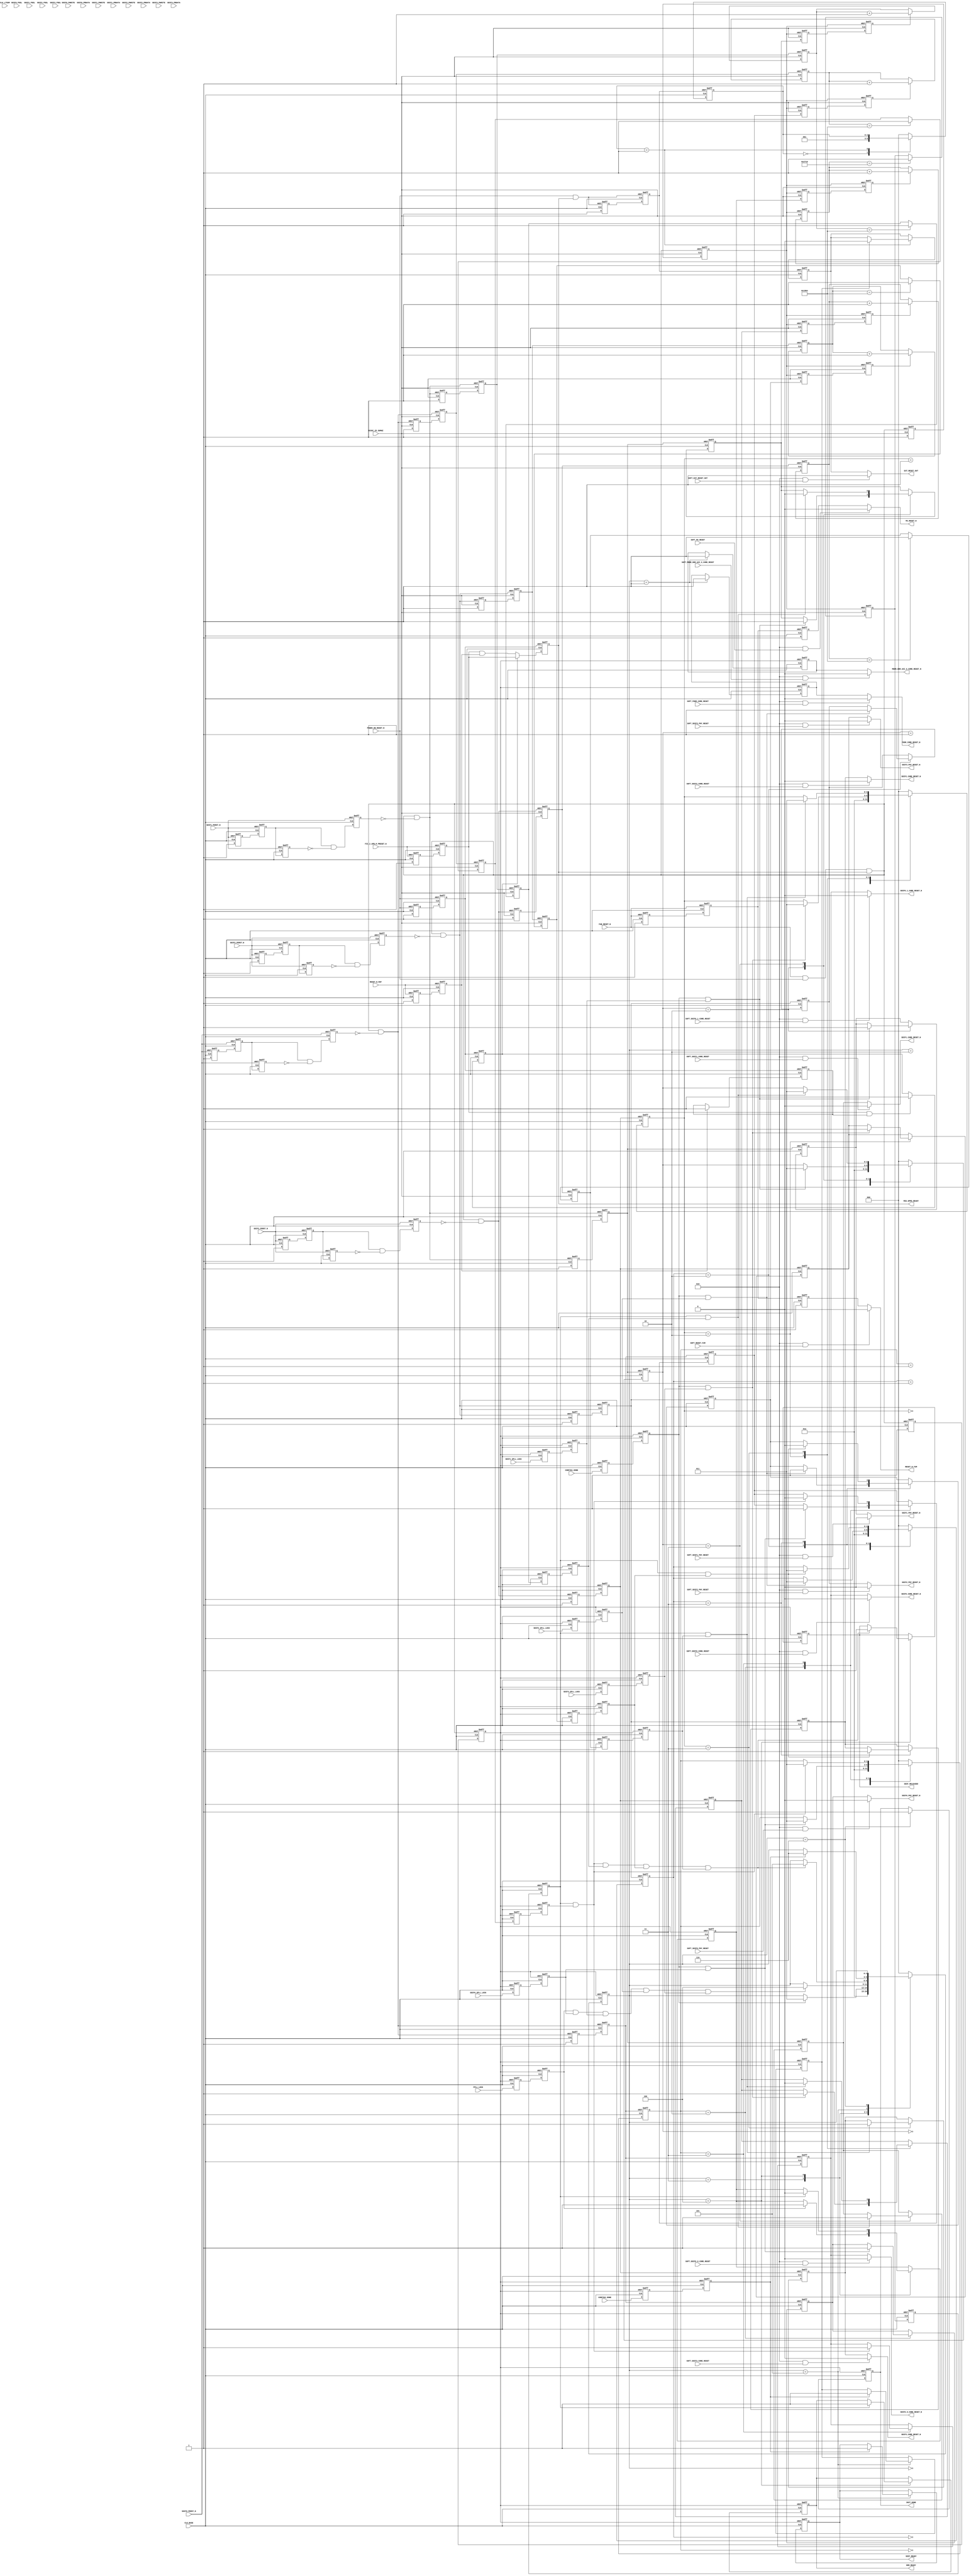
// ***********************************************************************/
// Microsemi Corporation Proprietary and Confidential
// Copyright 2012 Microsemi Corporation.  All rights reserved.
//
// ANY USE OR REDISTRIBUTION IN PART OR IN WHOLE MUST BE HANDLED IN
// ACCORDANCE WITH THE ACTEL LICENSE AGREEMENT AND MUST BE APPROVED
// IN ADVANCE IN WRITING.
//
// Description:	CoreResetP
//				Soft IP reset controller.
//              Sequences various reset signals to peripheral blocks in a
//              SmartFusion2 or IGLOO2 device.
//
//
// SVN Revision Information:
// SVN $Revision: 22245 $
// SVN $Date: 2014-03-28 16:55:59 +0000 (Fri, 28 Mar 2014) $
//
// Notes:
//
// ***********************************************************************/

module CoreResetP (
    // Clock from RC oscillator
    input           RCOSC_25_50MHZ,
    // Clock from fabric CCC
    input           CLK_BASE,
    // Clock for sampling LTSSM data
    input           CLK_LTSSM,
    // Power on reset signal from g4m_control
    input           POWER_ON_RESET_N,
    // Reset output intended for connection to external logic.
    output  reg     EXT_RESET_OUT,
    // Signals to/from MSS/HPMS
    output  reg     RESET_N_F2M,
    output  reg     M3_RESET_N,
    input           RESET_N_M2F,
    input           FIC_2_APB_M_PRESET_N,
    output  reg     MDDR_DDR_AXI_S_CORE_RESET_N,
    // MSS_HPMS_READY is essentially controlled by either RESET_N_M2F (at
    // power on) or FIC_2_APB_M_PRESET_N (after power on, during warm
    // resets).
    output  wire    MSS_HPMS_READY,
    // Signal indicating readiness of DDR controllers
    output  wire    DDR_READY,
    // Signal indicating readiness of SERDES interfaces
    output  wire    SDIF_READY,
    // Signals to/from CoreConfigP
    input           CONFIG1_DONE,
    output  wire    SDIF_RELEASED,
    input           CONFIG2_DONE,
    output  wire    INIT_DONE,
    // Reset input from fabric.
    input           FAB_RESET_N,
    // FDDR signals
    input           FPLL_LOCK,
    output  reg     FDDR_CORE_RESET_N,
    // SERDESIF_0 signals
    input           SDIF0_SPLL_LOCK,
    output  reg     SDIF0_PHY_RESET_N,
    output  reg     SDIF0_CORE_RESET_N,
    // The following two signals are used when targeting an 090/7500 device
    // which has two PCIe controllers within a single SERDES interface
    // block.
    output  reg     SDIF0_0_CORE_RESET_N,
    output  reg     SDIF0_1_CORE_RESET_N,
    // SERDESIF_1 signals
    input           SDIF1_SPLL_LOCK,
    output  reg     SDIF1_PHY_RESET_N,
    output  reg     SDIF1_CORE_RESET_N,
    // SERDESIF_2 signals
    input           SDIF2_SPLL_LOCK,
    output  reg     SDIF2_PHY_RESET_N,
    output  reg     SDIF2_CORE_RESET_N,
    // SERDESIF_3 signals
    input           SDIF3_SPLL_LOCK,
    output  reg     SDIF3_PHY_RESET_N,
    output  reg     SDIF3_CORE_RESET_N,
    // PERST_N (PCIe reset) signals
    input           SDIF0_PERST_N,
    input           SDIF1_PERST_N,
    input           SDIF2_PERST_N,
    input           SDIF3_PERST_N,
    // Some SDIF APB interface signals are brought into this core to
    // provide access to status information that is present on the PRDATA
    // bus when an APB read is not in progress.
    // This status information is used in this core to implement a HotReset
    // workaround when an SDIF block has been configured for PCIe.
    // (Parameters are used to include/exclude the HotReset workaround.)
    input           SDIF0_PSEL,
    input           SDIF0_PWRITE,
    input   [31:0]  SDIF0_PRDATA,
    input           SDIF1_PSEL,
    input           SDIF1_PWRITE,
    input   [31:0]  SDIF1_PRDATA,
    input           SDIF2_PSEL,
    input           SDIF2_PWRITE,
    input   [31:0]  SDIF2_PRDATA,
    input           SDIF3_PSEL,
    input           SDIF3_PWRITE,
    input   [31:0]  SDIF3_PRDATA,
    // The following inputs can be used to control the reset outputs to the
    // peripheral blocks. The intention is that these may be used by
    // software to allow software control of individual resets outputs.
    // When a SOFT_xxx input is high, the corresponding reset output is
    // asserted. Most (all?) reset outputs are active low.
    input           SOFT_EXT_RESET_OUT,
    input           SOFT_RESET_F2M,
    input           SOFT_M3_RESET,
    input           SOFT_MDDR_DDR_AXI_S_CORE_RESET,
    input           SOFT_FDDR_CORE_RESET,
    input           SOFT_SDIF0_PHY_RESET,
    input           SOFT_SDIF0_CORE_RESET,
    input           SOFT_SDIF1_PHY_RESET,
    input           SOFT_SDIF1_CORE_RESET,
    input           SOFT_SDIF2_PHY_RESET,
    input           SOFT_SDIF2_CORE_RESET,
    input           SOFT_SDIF3_PHY_RESET,
    input           SOFT_SDIF3_CORE_RESET,
    // The following two signals are used when targeting an 090/7500 device
    // which has two PCIe controllers within a single SERDES interface
    // block.
    input           SOFT_SDIF0_0_CORE_RESET,
    input           SOFT_SDIF0_1_CORE_RESET
    );

    parameter FAMILY = 19;

    // EXT_RESET_CFG is used to determine what can cause the external reset
    // to be driven (by asserting EXT_RESET_OUT).
    //    0 = EXT_RESET_OUT is never asserted
    //    1 = EXT_RESET_OUT is asserted if power up reset
    //        (POWER_ON_RESET_N) is asserted
    //    2 = EXT_RESET_OUT is asserted if MSS_HPMS_READY is not
    //        asserted
    //    3 = EXT_RESET_OUT is asserted if power up reset
    //        (POWER_ON_RESET_N) or MSS_HPMS_READY not is asserted.
    parameter EXT_RESET_CFG = 3;

    // DEVICE_VOLTAGE is set to according to the supply voltage to the
    // device. The supply voltage determines the RC oscillator frequency.
    // This can be 25 or 50 MHz.
    //    1 = 1.0 V (RC osc freq = 25 MHz)
    //    2 = 1.2 V (RC osc freq = 50 MHz)
    parameter DEVICE_VOLTAGE = 2;

    // Use the following parameters to indicate whether or not a particular
    // peripheral block is being used (and connected to this core).
    parameter MDDR_IN_USE  = 1;
    parameter FDDR_IN_USE  = 1;
    parameter SDIF0_IN_USE = 1;
    parameter SDIF1_IN_USE = 1;
    parameter SDIF2_IN_USE = 1;
    parameter SDIF3_IN_USE = 1;

    // Following are used to indicate if a particular SDIF block is used
    // for PCIe.
    parameter SDIF0_PCIE = 0;
    parameter SDIF1_PCIE = 0;
    parameter SDIF2_PCIE = 0;
    parameter SDIF3_PCIE = 0;

    // Following are used to enable or disable PCIe HotReset/DLUP
    // workaround for SDIF blocks. The workaround involves tracking LTSSM
    // state machine within SDIF and asserting SDIFx_CORE_RESET_N signal
    // to SDIF when appropriate.
    parameter SDIF0_PCIE_HOTRESET = 1;
    parameter SDIF1_PCIE_HOTRESET = 1;
    parameter SDIF2_PCIE_HOTRESET = 1;
    parameter SDIF3_PCIE_HOTRESET = 1;

    // Following enable or disable PCIe L2/P2 workaround for SDIF blocks.
    // When enabled, SDIF PHY and CORE resets are asserted when a rising
    // edge is observed on PERST_N signal.
    parameter SDIF0_PCIE_L2P2     = 1;
    parameter SDIF1_PCIE_L2P2     = 1;
    parameter SDIF2_PCIE_L2P2     = 1;
    parameter SDIF3_PCIE_L2P2     = 1;

    // Set the following parameter to 1 to enable the SOFT_XXX inputs that
    // can be used to directly control the various reset outputs.
    parameter ENABLE_SOFT_RESETS = 0;

    // Set the DEVICE_090 parameter to 1 when an 090/7500 device is being
    // targeted, otherwise set to 0.
    // When DEVICE_090 = 1, two core reset signals are available for
    // connection to SDIF0 instead of just one. This supports the two
    // PCIe controllers within SDIF0 on an 090 device.
    parameter DEVICE_090 = 0;

    // DDR_WAIT specifies the time in microseconds that must have elapsed
    // between release of the reset to the FDDR block (FDDR_CORE_RESET_N)
    // and assertion of INIT_DONE output.
    parameter DDR_WAIT = 200;

    localparam RCOSC_MEGAHERTZ  = 25 * DEVICE_VOLTAGE;

    localparam SDIF_INTERVAL    = 130      * RCOSC_MEGAHERTZ;
    localparam DDR_INTERVAL     = DDR_WAIT * RCOSC_MEGAHERTZ;


    function integer calc_count_width;
        input x;
        integer x;
        begin
            if      (x > 2147483647) calc_count_width =  32;
            else if (x > 1073741823) calc_count_width =  31;
            else if (x >  536870911) calc_count_width =  30;
            else if (x >  268435455) calc_count_width =  29;
            else if (x >  134217727) calc_count_width =  28;
            else if (x >   67108863) calc_count_width =  27;
            else if (x >   33554431) calc_count_width =  26;
            else if (x >   16777215) calc_count_width =  25;
            else if (x >    8388607) calc_count_width =  24;
            else if (x >    4194303) calc_count_width =  23;
            else if (x >    2097151) calc_count_width =  22;
            else if (x >    1048575) calc_count_width =  21;
            else if (x >     524287) calc_count_width =  20;
            else if (x >     262143) calc_count_width =  19;
            else if (x >     131071) calc_count_width =  18;
            else if (x >      65535) calc_count_width =  17;
            else if (x >      32767) calc_count_width =  16;
            else if (x >      16383) calc_count_width =  15;
            else if (x >       8191) calc_count_width =  14;
            else if (x >       4095) calc_count_width =  13;
            else if (x >       2047) calc_count_width =  12;
            else if (x >       1023) calc_count_width =  11;
            else if (x >        511) calc_count_width =  10;
            else if (x >        255) calc_count_width =   9;
            else if (x >        127) calc_count_width =   8;
            else if (x >         63) calc_count_width =   7;
            else if (x >         31) calc_count_width =   6;
            else if (x >         15) calc_count_width =   5;
            else if (x >          7) calc_count_width =   4;
            else if (x >          3) calc_count_width =   3;
            else                     calc_count_width =   2;
        end
    endfunction


    localparam COUNT_WIDTH_SDIF = calc_count_width(SDIF_INTERVAL);
    localparam COUNT_WIDTH_DDR  = calc_count_width(DDR_INTERVAL);

    // Parameters for state machine states
    localparam S0 = 0;
    localparam S1 = 1;
    localparam S2 = 2;
    localparam S3 = 3;
    localparam S4 = 4;
    localparam S5 = 5;
    localparam S6 = 6;

    // Signals
    reg     [2:0]   sm0_state;
    //reg     [2:0]   sm1_state;
    reg     [2:0]   sm2_state;
    reg     [2:0]   sdif0_state;
    reg     [2:0]   sdif1_state;
    reg     [2:0]   sdif2_state;
    reg     [2:0]   sdif3_state;
    reg     [2:0]   next_sm0_state;
    //reg     [2:0]   next_sm1_state;
    reg     [2:0]   next_sm2_state;
    reg     [2:0]   next_sdif0_state;
    reg     [2:0]   next_sdif1_state;
    reg     [2:0]   next_sdif2_state;
    reg     [2:0]   next_sdif3_state;
    reg             next_ext_reset_out;
    reg             next_fddr_core_reset_n;
    reg             next_sdif0_phy_reset_n;
    reg             next_sdif0_core_reset_n;
    reg             next_sdif1_phy_reset_n;
    reg             next_sdif1_core_reset_n;
    reg             next_sdif2_phy_reset_n;
    reg             next_sdif2_core_reset_n;
    reg             next_sdif3_phy_reset_n;
    reg             next_sdif3_core_reset_n;
    reg             next_mddr_core_reset_n;
    reg             next_count_sdif0_enable;
    reg             next_count_sdif1_enable;
    reg             next_count_sdif2_enable;
    reg             next_count_sdif3_enable;
    reg             next_count_ddr_enable;
    reg             next_ddr_ready;
    reg             next_sdif_released;
    reg             next_sdif_ready;
    reg             next_init_done;
    reg             release_ext_reset;
    reg             next_release_ext_reset;

    reg             sm0_areset_n;
    reg             sm1_areset_n;
    reg             sm2_areset_n;
    reg             sdif0_areset_n;
    reg             sdif1_areset_n;
    reg             sdif2_areset_n;
    reg             sdif3_areset_n;

    wire            SDIF0_PERST_N_int;
    wire            SDIF1_PERST_N_int;
    wire            SDIF2_PERST_N_int;
    wire            SDIF3_PERST_N_int;

    reg             SDIF0_PERST_N_q1;
    reg             SDIF0_PERST_N_q2;
    reg             SDIF0_PERST_N_q3;
    reg             SDIF0_PERST_N_re;

    reg             SDIF1_PERST_N_q1;
    reg             SDIF1_PERST_N_q2;
    reg             SDIF1_PERST_N_q3;
    reg             SDIF1_PERST_N_re;

    reg             SDIF2_PERST_N_q1;
    reg             SDIF2_PERST_N_q2;
    reg             SDIF2_PERST_N_q3;
    reg             SDIF2_PERST_N_re;

    reg             SDIF3_PERST_N_q1;
    reg             SDIF3_PERST_N_q2;
    reg             SDIF3_PERST_N_q3;
    reg             SDIF3_PERST_N_re;

    reg             sm0_areset_n_q1;
    reg             sm0_areset_n_clk_base;
    reg             sm1_areset_n_q1;
    reg             sm1_areset_n_clk_base;
    reg             sm2_areset_n_q1;
    reg             sm2_areset_n_clk_base;
    reg             sdif0_areset_n_q1;
    reg             sdif0_areset_n_clk_base;
    reg             sdif1_areset_n_q1;
    reg             sdif1_areset_n_clk_base;
    reg             sdif2_areset_n_q1;
    reg             sdif2_areset_n_clk_base;
    reg             sdif3_areset_n_q1;
    reg             sdif3_areset_n_clk_base;

    reg             sm0_areset_n_rcosc_q1;
    reg             sm0_areset_n_rcosc;
    reg             sdif0_areset_n_rcosc_q1;
    reg             sdif0_areset_n_rcosc;
    reg             sdif1_areset_n_rcosc_q1;
    reg             sdif1_areset_n_rcosc;
    reg             sdif2_areset_n_rcosc_q1;
    reg             sdif2_areset_n_rcosc;
    reg             sdif3_areset_n_rcosc_q1;
    reg             sdif3_areset_n_rcosc;

    reg             fpll_lock_q1;
    reg             fpll_lock_q2;
    reg             sdif0_spll_lock_q1;
    reg             sdif0_spll_lock_q2;
    reg             sdif1_spll_lock_q1;
    reg             sdif1_spll_lock_q2;
    reg             sdif2_spll_lock_q1;
    reg             sdif2_spll_lock_q2;
    reg             sdif3_spll_lock_q1;
    reg             sdif3_spll_lock_q2;

    reg             count_ddr_enable;
    reg             ddr_settled;
    reg             count_sdif0_enable;
    reg             count_sdif1_enable;
    reg             count_sdif2_enable;
    reg             count_sdif3_enable;
    reg             release_sdif0_core;
    reg             release_sdif1_core;
    reg             release_sdif2_core;
    reg             release_sdif3_core;

    reg             DDR_READY_int;
    reg             SDIF_RELEASED_int;
    reg             SDIF_READY_int;
    reg             INIT_DONE_int;

    reg [COUNT_WIDTH_SDIF-1:0] count_sdif0;
    reg [COUNT_WIDTH_SDIF-1:0] count_sdif1;
    reg [COUNT_WIDTH_SDIF-1:0] count_sdif2;
    reg [COUNT_WIDTH_SDIF-1:0] count_sdif3;
    reg [COUNT_WIDTH_DDR -1:0] count_ddr;

    wire            FPLL_LOCK_int;
    wire            SDIF0_SPLL_LOCK_int;
    wire            SDIF1_SPLL_LOCK_int;
    wire            SDIF2_SPLL_LOCK_int;
    wire            SDIF3_SPLL_LOCK_int;

    reg             CONFIG1_DONE_q1;
    reg             CONFIG1_DONE_clk_base;

    reg             CONFIG2_DONE_q1;
    reg             CONFIG2_DONE_clk_base;

    reg             POWER_ON_RESET_N_q1;
    reg             POWER_ON_RESET_N_clk_base;
    reg             RESET_N_M2F_q1;
    reg             RESET_N_M2F_clk_base;
    reg             FIC_2_APB_M_PRESET_N_q1;
    reg             FIC_2_APB_M_PRESET_N_clk_base;
    reg             mss_ready_state;
    reg             mss_ready_select;
    //reg             FAB_RESET_N_int;
    reg             MSS_HPMS_READY_int;

    reg             count_ddr_enable_q1;
    reg             count_ddr_enable_rcosc;
    reg             ddr_settled_q1;
    reg             ddr_settled_clk_base;
    reg             count_sdif0_enable_q1;
    reg             count_sdif1_enable_q1;
    reg             count_sdif2_enable_q1;
    reg             count_sdif3_enable_q1;
    reg             count_sdif0_enable_rcosc;
    reg             count_sdif1_enable_rcosc;
    reg             count_sdif2_enable_rcosc;
    reg             count_sdif3_enable_rcosc;
    reg             release_sdif0_core_q1;
    reg             release_sdif1_core_q1;
    reg             release_sdif2_core_q1;
    reg             release_sdif3_core_q1;
    reg             release_sdif0_core_clk_base;
    reg             release_sdif1_core_clk_base;
    reg             release_sdif2_core_clk_base;
    reg             release_sdif3_core_clk_base;

    reg             EXT_RESET_OUT_int;
    reg             RESET_N_F2M_int;
    reg             M3_RESET_N_int;
    reg             MDDR_DDR_AXI_S_CORE_RESET_N_int;
    reg             FDDR_CORE_RESET_N_int;
    reg             SDIF0_PHY_RESET_N_int;
    reg             SDIF0_CORE_RESET_N_0;
    wire            SDIF0_CORE_RESET_N_int;
    reg             SDIF1_PHY_RESET_N_int;
    reg             SDIF1_CORE_RESET_N_0;
    wire            SDIF1_CORE_RESET_N_int;
    reg             SDIF2_PHY_RESET_N_int;
    reg             SDIF2_CORE_RESET_N_0;
    wire            SDIF2_CORE_RESET_N_int;
    reg             SDIF3_PHY_RESET_N_int;
    reg             SDIF3_CORE_RESET_N_0;
    wire            SDIF3_CORE_RESET_N_int;


    // When a SOFT_XXX input is asserted (high), the corresponding reset
    // output is asserted. (Reset outputs are mainly active low.)
    // When a SOFT_XXX input is low, the corresponding reset output is
    // controlled by the logic contained within this core.
    always @(*)
    begin
        if (ENABLE_SOFT_RESETS && SOFT_EXT_RESET_OUT            ) EXT_RESET_OUT               = 1'b1; else EXT_RESET_OUT               = EXT_RESET_OUT_int;
        if (ENABLE_SOFT_RESETS && SOFT_RESET_F2M                ) RESET_N_F2M                 = 1'b0; else RESET_N_F2M                 = RESET_N_F2M_int;
        if (ENABLE_SOFT_RESETS && SOFT_M3_RESET                 ) M3_RESET_N                  = 1'b0; else M3_RESET_N                  = M3_RESET_N_int;
        if (ENABLE_SOFT_RESETS && SOFT_MDDR_DDR_AXI_S_CORE_RESET) MDDR_DDR_AXI_S_CORE_RESET_N = 1'b0; else MDDR_DDR_AXI_S_CORE_RESET_N = MDDR_DDR_AXI_S_CORE_RESET_N_int;
        //if (ENABLE_SOFT_RESETS && SOFT_FAB_RESET                ) FAB_RESET_N                 = 1'b0; else FAB_RESET_N                 = FAB_RESET_N_int;
        //if (ENABLE_SOFT_RESETS && SOFT_USER_FAB_RESET           ) USER_FAB_RESET_N            = 1'b0; else USER_FAB_RESET_N            = USER_FAB_RESET_N_int;
        if (ENABLE_SOFT_RESETS && SOFT_FDDR_CORE_RESET          ) FDDR_CORE_RESET_N           = 1'b0; else FDDR_CORE_RESET_N           = FDDR_CORE_RESET_N_int;
        if (ENABLE_SOFT_RESETS && SOFT_SDIF0_PHY_RESET          ) SDIF0_PHY_RESET_N           = 1'b0; else SDIF0_PHY_RESET_N           = SDIF0_PHY_RESET_N_int;
        if (ENABLE_SOFT_RESETS && SOFT_SDIF0_CORE_RESET         ) SDIF0_CORE_RESET_N          = 1'b0; else SDIF0_CORE_RESET_N          = SDIF0_CORE_RESET_N_int;
        if (ENABLE_SOFT_RESETS && SOFT_SDIF1_PHY_RESET          ) SDIF1_PHY_RESET_N           = 1'b0; else SDIF1_PHY_RESET_N           = SDIF1_PHY_RESET_N_int;
        if (ENABLE_SOFT_RESETS && SOFT_SDIF1_CORE_RESET         ) SDIF1_CORE_RESET_N          = 1'b0; else SDIF1_CORE_RESET_N          = SDIF1_CORE_RESET_N_int;
        if (ENABLE_SOFT_RESETS && SOFT_SDIF2_PHY_RESET          ) SDIF2_PHY_RESET_N           = 1'b0; else SDIF2_PHY_RESET_N           = SDIF2_PHY_RESET_N_int;
        if (ENABLE_SOFT_RESETS && SOFT_SDIF2_CORE_RESET         ) SDIF2_CORE_RESET_N          = 1'b0; else SDIF2_CORE_RESET_N          = SDIF2_CORE_RESET_N_int;
        if (ENABLE_SOFT_RESETS && SOFT_SDIF3_PHY_RESET          ) SDIF3_PHY_RESET_N           = 1'b0; else SDIF3_PHY_RESET_N           = SDIF3_PHY_RESET_N_int;
        if (ENABLE_SOFT_RESETS && SOFT_SDIF3_CORE_RESET         ) SDIF3_CORE_RESET_N          = 1'b0; else SDIF3_CORE_RESET_N          = SDIF3_CORE_RESET_N_int;
        // SDIF0_0_CORE_RESET_N and SDIF0_1_CORE_RESET_N are intended for
        // use in an 090/7500 device. This device has a single SERDES
        // interface with two separate PCIe controllers within it.
        // Separate CORE reset signals are provided for these two PCIe
        // cores.
        if (ENABLE_SOFT_RESETS && SOFT_SDIF0_0_CORE_RESET       ) SDIF0_0_CORE_RESET_N        = 1'b0; else SDIF0_0_CORE_RESET_N        = SDIF0_CORE_RESET_N_int;
        if (ENABLE_SOFT_RESETS && SOFT_SDIF0_1_CORE_RESET       ) SDIF0_1_CORE_RESET_N        = 1'b0; else SDIF0_1_CORE_RESET_N        = SDIF0_CORE_RESET_N_int;
    end

    // If a peripheral block is not in use, internally tie its PLL lock
    // signal high.
    assign FPLL_LOCK_int       = FDDR_IN_USE  ? FPLL_LOCK       : 1'b1;
    assign SDIF0_SPLL_LOCK_int = SDIF0_IN_USE ? SDIF0_SPLL_LOCK : 1'b1;
    assign SDIF1_SPLL_LOCK_int = SDIF1_IN_USE ? SDIF1_SPLL_LOCK : 1'b1;
    assign SDIF2_SPLL_LOCK_int = SDIF2_IN_USE ? SDIF2_SPLL_LOCK : 1'b1;
    assign SDIF3_SPLL_LOCK_int = SDIF3_IN_USE ? SDIF3_SPLL_LOCK : 1'b1;

    //---------------------------------------------------------------------
    // The following code creates a signal named MSS_HPMS_READY.
    //
    // After a power on reset, MSS_HPMS_READY will not go high until
    // FIC_2_APB_M_PRESET_N has gone high, and RESET_N_M2F has been
    // seen to be high for at least one cycle of RCOSC_25_50MHZ at some
    // stage.
    //
    // For subsequent warm resets, MSS_HPMS_READY will essentially follow
    // FIC_2_APB_M_PRESET_N and RESET_N_M2F is not considered at all.
    //---------------------------------------------------------------------
    // Synchronize POWER_ON_RESET_N to CLK_BASE domain.
    always @(posedge CLK_BASE or negedge POWER_ON_RESET_N)
    begin
        if (!POWER_ON_RESET_N)
        begin
            POWER_ON_RESET_N_q1         <= 1'b0;
            POWER_ON_RESET_N_clk_base   <= 1'b0;
        end
        else
        begin
            POWER_ON_RESET_N_q1         <= 1'b1;
            POWER_ON_RESET_N_clk_base   <= POWER_ON_RESET_N_q1;
        end
    end

    // Synchronize RESET_N_M2F to CLK_BASE domain.
    always @(posedge CLK_BASE or negedge RESET_N_M2F)
    begin
        if (!RESET_N_M2F)
        begin
            RESET_N_M2F_q1          <= 1'b0;
            RESET_N_M2F_clk_base    <= 1'b0;
        end
        else
        begin
            RESET_N_M2F_q1          <= 1'b1;
            RESET_N_M2F_clk_base    <= RESET_N_M2F_q1;
        end
    end

    // Synchronize FIC_2_APB_M_PRESET_N to CLK_BASE domain.
    always @(posedge CLK_BASE or negedge FIC_2_APB_M_PRESET_N)
    begin
        if (!FIC_2_APB_M_PRESET_N)
        begin
            FIC_2_APB_M_PRESET_N_q1         <= 1'b0;
            FIC_2_APB_M_PRESET_N_clk_base   <= 1'b0;
        end
        else
        begin
            FIC_2_APB_M_PRESET_N_q1         <= 1'b1;
            FIC_2_APB_M_PRESET_N_clk_base   <= FIC_2_APB_M_PRESET_N_q1;
        end
    end

    // At power on, state = '0' and select = '0'.
    // state will advance to '1' (and remain at '1') when RESET_N_M2F
    // is seen to be high.
    // When state = '1', select will move to '1' (and remain at '1') when
    // FIC_2_APB_M_PRESET_N is seen to be high.
    always @(posedge CLK_BASE or negedge POWER_ON_RESET_N_clk_base)
    begin
        if (!POWER_ON_RESET_N_clk_base)
        begin
            mss_ready_state  <= 1'b0;
            mss_ready_select <= 1'b0;
        end
        else
        begin
            if (RESET_N_M2F_clk_base)
            begin
                mss_ready_state  <= 1'b1;
            end
            if (FIC_2_APB_M_PRESET_N_clk_base && mss_ready_state == 1'b1)
            begin
                mss_ready_select <= 1'b1;
            end
        end
    end

    always @(posedge CLK_BASE or negedge POWER_ON_RESET_N_clk_base)
    begin
        if (!POWER_ON_RESET_N_clk_base)
        begin
            MSS_HPMS_READY_int <= 1'b0;
        end
        else
        begin
            if (mss_ready_select == 1'b0)
            begin
                MSS_HPMS_READY_int <= FIC_2_APB_M_PRESET_N_clk_base && RESET_N_M2F_clk_base;
            end
            else
            begin
                MSS_HPMS_READY_int <= FIC_2_APB_M_PRESET_N_clk_base;
            end
        end
    end

    assign MSS_HPMS_READY = MSS_HPMS_READY_int;

    //---------------------------------------------------------------------
    // Create a number of asynchronous resets.
    // Some source reset signals may be "combined" to create a single
    // asynchronous reset.
    //---------------------------------------------------------------------
    always @(*)
    begin
        sm0_areset_n = FAB_RESET_N
                       && POWER_ON_RESET_N
                       && MSS_HPMS_READY_int;
    end

    // Assertion of resets to MSS (RESET_N_F2M and M3_RESET_N) caused
    // by assertion of reset signal from fabric.
    always @(*)
    begin
        sm1_areset_n = FAB_RESET_N;
    end

    // There are a number of options for what can cause the external reset
    // to be asserted.
generate
  if (EXT_RESET_CFG == 0)
  begin
    always @(*)
    begin
        sm2_areset_n = POWER_ON_RESET_N;
    end
  end
  else if (EXT_RESET_CFG == 1)
  begin
    always @(*)
    begin
        sm2_areset_n = POWER_ON_RESET_N;
    end
  end
  else if (EXT_RESET_CFG == 2)
  begin
    always @(*)
    begin
        sm2_areset_n = MSS_HPMS_READY_int;
    end
  end
  else
  begin
    always @(*)
    begin
        sm2_areset_n = POWER_ON_RESET_N && MSS_HPMS_READY_int;
    end
  end
endgenerate

    // Individual async resets for each SDIF block
    always @(*)
    begin
        sdif0_areset_n = FAB_RESET_N
                         && POWER_ON_RESET_N
                         && MSS_HPMS_READY_int
                         && !SDIF0_PERST_N_re;
    end
    always @(*)
    begin
        sdif1_areset_n = FAB_RESET_N
                         && POWER_ON_RESET_N
                         && MSS_HPMS_READY_int
                         && !SDIF1_PERST_N_re;
    end
    always @(*)
    begin
        sdif2_areset_n = FAB_RESET_N
                         && POWER_ON_RESET_N
                         && MSS_HPMS_READY_int
                         && !SDIF2_PERST_N_re;
    end
    always @(*)
    begin
        sdif3_areset_n = FAB_RESET_N
                         && POWER_ON_RESET_N
                         && MSS_HPMS_READY_int
                         && !SDIF3_PERST_N_re;
    end

    // Internally tie-off PERST_N signals if SDIFx_PCIE_L2P2 parameters
    // are not set.
    assign SDIF0_PERST_N_int = SDIF0_PCIE_L2P2 ? SDIF0_PERST_N : 1'b0;
    assign SDIF1_PERST_N_int = SDIF1_PCIE_L2P2 ? SDIF1_PERST_N : 1'b0;
    assign SDIF2_PERST_N_int = SDIF2_PCIE_L2P2 ? SDIF2_PERST_N : 1'b0;
    assign SDIF3_PERST_N_int = SDIF3_PCIE_L2P2 ? SDIF3_PERST_N : 1'b0;

    // Detect rising edge on SDIF0_PERST_N signal
    always @(posedge CLK_BASE or negedge SDIF0_PERST_N_int)
    begin
        if (!SDIF0_PERST_N_int)
        begin
            SDIF0_PERST_N_q1 <= 1'b0;
            SDIF0_PERST_N_q2 <= 1'b0;
            SDIF0_PERST_N_q3 <= 1'b0;
            SDIF0_PERST_N_re <= 1'b0;
        end
        else
        begin
            SDIF0_PERST_N_q1 <= 1'b1;
            SDIF0_PERST_N_q2 <= SDIF0_PERST_N_q1;
            SDIF0_PERST_N_q3 <= SDIF0_PERST_N_q2;
            SDIF0_PERST_N_re <= SDIF0_PERST_N_q2 & !SDIF0_PERST_N_q3;
        end
    end

    // Detect rising edge on SDIF1_PERST_N signal
    always @(posedge CLK_BASE or negedge SDIF1_PERST_N_int)
    begin
        if (!SDIF1_PERST_N_int)
        begin
            SDIF1_PERST_N_q1 <= 1'b0;
            SDIF1_PERST_N_q2 <= 1'b0;
            SDIF1_PERST_N_q3 <= 1'b0;
            SDIF1_PERST_N_re <= 1'b0;
        end
        else
        begin
            SDIF1_PERST_N_q1 <= 1'b1;
            SDIF1_PERST_N_q2 <= SDIF1_PERST_N_q1;
            SDIF1_PERST_N_q3 <= SDIF1_PERST_N_q2;
            SDIF1_PERST_N_re <= SDIF1_PERST_N_q2 & !SDIF1_PERST_N_q3;
        end
    end

    // Detect rising edge on SDIF2_PERST_N signal
    always @(posedge CLK_BASE or negedge SDIF2_PERST_N_int)
    begin
        if (!SDIF2_PERST_N_int)
        begin
            SDIF2_PERST_N_q1 <= 1'b0;
            SDIF2_PERST_N_q2 <= 1'b0;
            SDIF2_PERST_N_q3 <= 1'b0;
            SDIF2_PERST_N_re <= 1'b0;
        end
        else
        begin
            SDIF2_PERST_N_q1 <= 1'b1;
            SDIF2_PERST_N_q2 <= SDIF2_PERST_N_q1;
            SDIF2_PERST_N_q3 <= SDIF2_PERST_N_q2;
            SDIF2_PERST_N_re <= SDIF2_PERST_N_q2 & !SDIF2_PERST_N_q3;
        end
    end

    // Detect rising edge on SDIF3_PERST_N signal
    always @(posedge CLK_BASE or negedge SDIF3_PERST_N_int)
    begin
        if (!SDIF3_PERST_N_int)
        begin
            SDIF3_PERST_N_q1 <= 1'b0;
            SDIF3_PERST_N_q2 <= 1'b0;
            SDIF3_PERST_N_q3 <= 1'b0;
            SDIF3_PERST_N_re <= 1'b0;
        end
        else
        begin
            SDIF3_PERST_N_q1 <= 1'b1;
            SDIF3_PERST_N_q2 <= SDIF3_PERST_N_q1;
            SDIF3_PERST_N_q3 <= SDIF3_PERST_N_q2;
            SDIF3_PERST_N_re <= SDIF3_PERST_N_q2 & !SDIF3_PERST_N_q3;
        end
    end

    //---------------------------------------------------------------------
    // Create versions of asynchronous resets that are released
    // synchronous to CLK_BASE.
    //---------------------------------------------------------------------
    always @(posedge CLK_BASE or negedge sm0_areset_n)
    begin
        if (!sm0_areset_n)
        begin
            sm0_areset_n_q1         <= 1'b0;
            sm0_areset_n_clk_base   <= 1'b0;
        end
        else
        begin
            sm0_areset_n_q1         <= 1'b1;
            sm0_areset_n_clk_base   <= sm0_areset_n_q1;
        end
    end

    always @(posedge CLK_BASE or negedge sm1_areset_n)
    begin
        if (!sm1_areset_n)
        begin
            sm1_areset_n_q1         <= 1'b0;
            sm1_areset_n_clk_base   <= 1'b0;
        end
        else
        begin
            sm1_areset_n_q1         <= 1'b1;
            sm1_areset_n_clk_base   <= sm1_areset_n_q1;
        end
    end

    always @(posedge CLK_BASE or negedge sm2_areset_n)
    begin
        if (!sm2_areset_n)
        begin
            sm2_areset_n_q1         <= 1'b0;
            sm2_areset_n_clk_base   <= 1'b0;
        end
        else
        begin
            sm2_areset_n_q1         <= 1'b1;
            sm2_areset_n_clk_base   <= sm2_areset_n_q1;
        end
    end

    always @(posedge CLK_BASE or negedge sdif0_areset_n)
    begin
        if (!sdif0_areset_n)
        begin
            sdif0_areset_n_q1       <= 1'b0;
            sdif0_areset_n_clk_base <= 1'b0;
        end
        else
        begin
            sdif0_areset_n_q1       <= 1'b1;
            sdif0_areset_n_clk_base <= sdif0_areset_n_q1;
        end
    end

    always @(posedge CLK_BASE or negedge sdif1_areset_n)
    begin
        if (!sdif1_areset_n)
        begin
            sdif1_areset_n_q1       <= 1'b0;
            sdif1_areset_n_clk_base <= 1'b0;
        end
        else
        begin
            sdif1_areset_n_q1       <= 1'b1;
            sdif1_areset_n_clk_base <= sdif1_areset_n_q1;
        end
    end

    always @(posedge CLK_BASE or negedge sdif2_areset_n)
    begin
        if (!sdif2_areset_n)
        begin
            sdif2_areset_n_q1       <= 1'b0;
            sdif2_areset_n_clk_base <= 1'b0;
        end
        else
        begin
            sdif2_areset_n_q1       <= 1'b1;
            sdif2_areset_n_clk_base <= sdif2_areset_n_q1;
        end
    end

    always @(posedge CLK_BASE or negedge sdif3_areset_n)
    begin
        if (!sdif3_areset_n)
        begin
            sdif3_areset_n_q1       <= 1'b0;
            sdif3_areset_n_clk_base <= 1'b0;
        end
        else
        begin
            sdif3_areset_n_q1       <= 1'b1;
            sdif3_areset_n_clk_base <= sdif3_areset_n_q1;
        end
    end

    //---------------------------------------------------------------------
    // Synchronize some resets to RCOSC_25_50MHZ domain.
    //---------------------------------------------------------------------
    always @(posedge RCOSC_25_50MHZ or negedge sm0_areset_n)
    begin
        if (!sm0_areset_n)
        begin
            sm0_areset_n_rcosc_q1   <= 1'b0;
            sm0_areset_n_rcosc      <= 1'b0;
        end
        else
        begin
            sm0_areset_n_rcosc_q1   <= 1'b1;
            sm0_areset_n_rcosc      <= sm0_areset_n_rcosc_q1;
        end
    end

    always @(posedge RCOSC_25_50MHZ or negedge sdif0_areset_n)
    begin
        if (!sdif0_areset_n)
        begin
            sdif0_areset_n_rcosc_q1 <= 1'b0;
            sdif0_areset_n_rcosc    <= 1'b0;
        end
        else
        begin
            sdif0_areset_n_rcosc_q1 <= 1'b1;
            sdif0_areset_n_rcosc    <= sdif0_areset_n_rcosc_q1;
        end
    end

    always @(posedge RCOSC_25_50MHZ or negedge sdif1_areset_n)
    begin
        if (!sdif1_areset_n)
        begin
            sdif1_areset_n_rcosc_q1 <= 1'b0;
            sdif1_areset_n_rcosc    <= 1'b0;
        end
        else
        begin
            sdif1_areset_n_rcosc_q1 <= 1'b1;
            sdif1_areset_n_rcosc    <= sdif1_areset_n_rcosc_q1;
        end
    end

    always @(posedge RCOSC_25_50MHZ or negedge sdif2_areset_n)
    begin
        if (!sdif2_areset_n)
        begin
            sdif2_areset_n_rcosc_q1 <= 1'b0;
            sdif2_areset_n_rcosc    <= 1'b0;
        end
        else
        begin
            sdif2_areset_n_rcosc_q1 <= 1'b1;
            sdif2_areset_n_rcosc    <= sdif2_areset_n_rcosc_q1;
        end
    end

    always @(posedge RCOSC_25_50MHZ or negedge sdif3_areset_n)
    begin
        if (!sdif3_areset_n)
        begin
            sdif3_areset_n_rcosc_q1 <= 1'b0;
            sdif3_areset_n_rcosc    <= 1'b0;
        end
        else
        begin
            sdif3_areset_n_rcosc_q1 <= 1'b1;
            sdif3_areset_n_rcosc    <= sdif3_areset_n_rcosc_q1;
        end
    end

    //---------------------------------------------------------------------
    // Synchronize CONFIG1_DONE input to CLK_BASE domain.
    //---------------------------------------------------------------------
    always @(posedge CLK_BASE or negedge sm0_areset_n_clk_base)
    begin
        if (!sm0_areset_n_clk_base)
        begin
            CONFIG1_DONE_q1         <= 1'b0;
            CONFIG1_DONE_clk_base   <= 1'b0;
        end
        else
        begin
            CONFIG1_DONE_q1         <= CONFIG1_DONE;
            CONFIG1_DONE_clk_base   <= CONFIG1_DONE_q1;
        end
    end

    //---------------------------------------------------------------------
    // Synchronize CONFIG2_DONE input to CLK_BASE domain.
    //---------------------------------------------------------------------
    always @(posedge CLK_BASE or negedge sm0_areset_n_clk_base)
    begin
        if (!sm0_areset_n_clk_base)
        begin
            CONFIG2_DONE_q1         <= 1'b0;
            CONFIG2_DONE_clk_base   <= 1'b0;
        end
        else
        begin
            CONFIG2_DONE_q1         <= CONFIG2_DONE;
            CONFIG2_DONE_clk_base   <= CONFIG2_DONE_q1;
        end
    end

    //---------------------------------------------------------------------
    // Synchronize PLL lock signals to CLK_BASE domain.
    //---------------------------------------------------------------------
    always @(posedge CLK_BASE or negedge sm0_areset_n_clk_base)
    begin
        if (!sm0_areset_n_clk_base)
        begin
            fpll_lock_q1       <= 1'b0;
            fpll_lock_q2       <= 1'b0;
            sdif0_spll_lock_q1 <= 1'b0;
            sdif0_spll_lock_q2 <= 1'b0;
            sdif1_spll_lock_q1 <= 1'b0;
            sdif1_spll_lock_q2 <= 1'b0;
            sdif2_spll_lock_q1 <= 1'b0;
            sdif2_spll_lock_q2 <= 1'b0;
            sdif3_spll_lock_q1 <= 1'b0;
            sdif3_spll_lock_q2 <= 1'b0;
        end
        else
        begin
            fpll_lock_q1       <= FPLL_LOCK_int;
            fpll_lock_q2       <= fpll_lock_q1;
            sdif0_spll_lock_q1 <= SDIF0_SPLL_LOCK_int;
            sdif0_spll_lock_q2 <= sdif0_spll_lock_q1;
            sdif1_spll_lock_q1 <= SDIF1_SPLL_LOCK_int;
            sdif1_spll_lock_q2 <= sdif1_spll_lock_q1;
            sdif2_spll_lock_q1 <= SDIF2_SPLL_LOCK_int;
            sdif2_spll_lock_q2 <= sdif2_spll_lock_q1;
            sdif3_spll_lock_q1 <= SDIF3_SPLL_LOCK_int;
            sdif3_spll_lock_q2 <= sdif3_spll_lock_q1;
        end
    end

    //---------------------------------------------------------------------
    // State machine 0
    // This is essentially the main state machine in the design.
    // Controls DDR resets and INIT_DONE output.
    // Can hold EXT_RESET (if core is appropriately configured).
    //---------------------------------------------------------------------
    // State machine 0 - combinational part
    always @(*)
    begin
        next_sm0_state = sm0_state;
        next_fddr_core_reset_n = FDDR_CORE_RESET_N_int;
        next_mddr_core_reset_n = MDDR_DDR_AXI_S_CORE_RESET_N_int;
        next_count_ddr_enable = count_ddr_enable;
        next_ddr_ready = DDR_READY_int;
        next_sdif_released = SDIF_RELEASED_int;
        next_sdif_ready = SDIF_READY_int;
        next_release_ext_reset = release_ext_reset;
        next_init_done = INIT_DONE_int;
        case (sm0_state)
            S0:
            begin
                next_sm0_state = S1;
            end
            S1:
            begin
                next_sm0_state = S2;
                // Release resets to FDDR and MDDR blocks
                next_fddr_core_reset_n = 1'b1;
                next_mddr_core_reset_n = 1'b1;
            end
            S2:
            begin
                // Wait for CONFIG1_DONE
                if (CONFIG1_DONE_clk_base)
                begin
                    next_sm0_state = S3;
                end
            end
            S3:
            begin
                // Start DDR counter after FPLL lock is asserted.
                // (CONFIG1_DONE assertion is necessary to enter this state.)
                if (fpll_lock_q2)
                begin
                    next_count_ddr_enable = 1'b1;
                end
                // Wait for assertion of all PLL lock signals
                if (fpll_lock_q2
                    && sdif0_spll_lock_q2 && sdif1_spll_lock_q2
                    && sdif2_spll_lock_q2 && sdif3_spll_lock_q2
                   )
                begin
                    next_sm0_state = S4;
                end
            end
            S4:
            begin
                if (ddr_settled_clk_base)
                begin
                    next_count_ddr_enable   = 1'b0;
                    next_ddr_ready          = 1'b1;
                end
                if (ddr_settled_clk_base
                    && release_sdif0_core_clk_base
                    && release_sdif1_core_clk_base
                    && release_sdif2_core_clk_base
                    && release_sdif3_core_clk_base
                   )
                begin
                    next_sm0_state          = S5;
                    next_sdif_released      = 1'b1;
                end
            end
            S5:
            begin
                // Wait for indication from configuration master that SDIF
                // configuration has been completed.
                if (CONFIG2_DONE_clk_base)
                begin
                    next_sm0_state          = S6;
                    next_sdif_ready         = 1'b1;
                    next_release_ext_reset  = 1'b1;
                end
            end
            S6:
            begin
                next_init_done = 1'b1;
            end
            default:
            begin
                next_sm0_state = S0;
            end
        endcase
    end

    // State machine 0 - sequential part
    always @(posedge CLK_BASE or negedge sm0_areset_n_clk_base)
    begin
        if (!sm0_areset_n_clk_base)
        begin
            sm0_state                       <= S0;
            FDDR_CORE_RESET_N_int           <= 1'b0;
            MDDR_DDR_AXI_S_CORE_RESET_N_int <= 1'b0;
            count_ddr_enable                <= 1'b0;
            DDR_READY_int                   <= 1'b0;
            SDIF_RELEASED_int               <= 1'b0;
            SDIF_READY_int                  <= 1'b0;
            release_ext_reset               <= 1'b0;
            INIT_DONE_int                   <= 1'b0;
        end
        else
        begin
            sm0_state                       <= next_sm0_state;
            FDDR_CORE_RESET_N_int           <= next_fddr_core_reset_n;
            MDDR_DDR_AXI_S_CORE_RESET_N_int <= next_mddr_core_reset_n;
            count_ddr_enable                <= next_count_ddr_enable;
            DDR_READY_int                   <= next_ddr_ready;
            SDIF_RELEASED_int               <= next_sdif_released;
            SDIF_READY_int                  <= next_sdif_ready;
            release_ext_reset               <= next_release_ext_reset;
            INIT_DONE_int                   <= next_init_done;
        end
    end

    assign DDR_READY        = DDR_READY_int;
    assign SDIF_RELEASED    = SDIF_RELEASED_int;
    assign SDIF_READY       = SDIF_READY_int;
    assign INIT_DONE        = INIT_DONE_int;

    // End of state machine 0.
    //---------------------------------------------------------------------

    //---------------------------------------------------------------------
    // State machine for controlling SDIF0 reset signals
    //---------------------------------------------------------------------
    always @(*)
    begin
        next_sdif0_state = sdif0_state;
        next_sdif0_phy_reset_n = SDIF0_PHY_RESET_N_int;
        next_sdif0_core_reset_n = SDIF0_CORE_RESET_N_0;
        next_count_sdif0_enable = count_sdif0_enable;
        case (sdif0_state)
            S0:
            begin
                next_sdif0_state = S1;
            end
            S1:
            begin
                next_sdif0_state = S2;
            end
            S2:
            begin
                // Wait for CONFIG1_DONE and PLL lock signal
                if (CONFIG1_DONE_clk_base && sdif0_spll_lock_q2)
                begin
                    next_sdif0_state = S3;
                    // Release SDIF0 phy reset and start SDIF0 counter
                    next_sdif0_phy_reset_n  = 1'b1;
                    next_count_sdif0_enable = 1'b1;
                end
            end
            S3:
            begin
                if (ddr_settled_clk_base && release_sdif0_core_clk_base)
                begin
                    next_sdif0_state = S3;
                    next_sdif0_core_reset_n = 1'b1;
                    next_count_sdif0_enable = 1'b0;
                end
            end
            default:
            begin
                next_sdif0_state = S0;
            end
        endcase
    end

    always @(posedge CLK_BASE or negedge sdif0_areset_n_clk_base)
    begin
        if (!sdif0_areset_n_clk_base)
        begin
            sdif0_state             <= S0;
            SDIF0_PHY_RESET_N_int   <= 1'b0;
            SDIF0_CORE_RESET_N_0    <= 1'b0;
            count_sdif0_enable      <= 1'b0;
        end
        else
        begin
            sdif0_state             <= next_sdif0_state;
            SDIF0_PHY_RESET_N_int   <= next_sdif0_phy_reset_n;
            SDIF0_CORE_RESET_N_0    <= next_sdif0_core_reset_n;
            count_sdif0_enable      <= next_count_sdif0_enable;
        end
    end
    // End of state machine for controlling SDIF0 reset signals.
    //---------------------------------------------------------------------

    //---------------------------------------------------------------------
    // State machine for controlling SDIF1 reset signals
    //---------------------------------------------------------------------
    always @(*)
    begin
        next_sdif1_state = sdif1_state;
        next_sdif1_phy_reset_n = SDIF1_PHY_RESET_N_int;
        next_sdif1_core_reset_n = SDIF1_CORE_RESET_N_0;
        next_count_sdif1_enable = count_sdif1_enable;
        case (sdif1_state)
            S0:
            begin
                next_sdif1_state = S1;
            end
            S1:
            begin
                next_sdif1_state = S2;
            end
            S2:
            begin
                // Wait for CONFIG1_DONE and PLL lock signal
                if (CONFIG1_DONE_clk_base && sdif1_spll_lock_q2)
                begin
                    next_sdif1_state = S3;
                    // Release SDIF1 phy reset and start SDIF1 counter
                    next_sdif1_phy_reset_n  = 1'b1;
                    next_count_sdif1_enable = 1'b1;
                end
            end
            S3:
            begin
                if (ddr_settled_clk_base && release_sdif1_core_clk_base)
                begin
                    next_sdif1_state = S3;
                    next_sdif1_core_reset_n = 1'b1;
                    next_count_sdif1_enable = 1'b0;
                end
            end
            default:
            begin
                next_sdif1_state = S0;
            end
        endcase
    end

    always @(posedge CLK_BASE or negedge sdif1_areset_n_clk_base)
    begin
        if (!sdif1_areset_n_clk_base)
        begin
            sdif1_state             <= S0;
            SDIF1_PHY_RESET_N_int   <= 1'b0;
            SDIF1_CORE_RESET_N_0    <= 1'b0;
            count_sdif1_enable      <= 1'b0;
        end
        else
        begin
            sdif1_state             <= next_sdif1_state;
            SDIF1_PHY_RESET_N_int   <= next_sdif1_phy_reset_n;
            SDIF1_CORE_RESET_N_0    <= next_sdif1_core_reset_n;
            count_sdif1_enable      <= next_count_sdif1_enable;
        end
    end
    // End of state machine for controlling SDIF1 reset signals.
    //---------------------------------------------------------------------

    //---------------------------------------------------------------------
    // State machine for controlling SDIF2 reset signals
    //---------------------------------------------------------------------
    always @(*)
    begin
        next_sdif2_state = sdif2_state;
        next_sdif2_phy_reset_n = SDIF2_PHY_RESET_N_int;
        next_sdif2_core_reset_n = SDIF2_CORE_RESET_N_0;
        next_count_sdif2_enable = count_sdif2_enable;
        case (sdif2_state)
            S0:
            begin
                next_sdif2_state = S1;
            end
            S1:
            begin
                next_sdif2_state = S2;
            end
            S2:
            begin
                // Wait for CONFIG1_DONE and PLL lock signal
                if (CONFIG1_DONE_clk_base && sdif2_spll_lock_q2)
                begin
                    next_sdif2_state = S3;
                    // Release SDIF2 phy reset and start SDIF2 counter
                    next_sdif2_phy_reset_n  = 1'b1;
                    next_count_sdif2_enable = 1'b1;
                end
            end
            S3:
            begin
                if (ddr_settled_clk_base && release_sdif2_core_clk_base)
                begin
                    next_sdif2_state = S3;
                    next_sdif2_core_reset_n = 1'b1;
                    next_count_sdif2_enable = 1'b0;
                end
            end
            default:
            begin
                next_sdif2_state = S0;
            end
        endcase
    end

    always @(posedge CLK_BASE or negedge sdif2_areset_n_clk_base)
    begin
        if (!sdif2_areset_n_clk_base)
        begin
            sdif2_state             <= S0;
            SDIF2_PHY_RESET_N_int   <= 1'b0;
            SDIF2_CORE_RESET_N_0    <= 1'b0;
            count_sdif2_enable      <= 1'b0;
        end
        else
        begin
            sdif2_state             <= next_sdif2_state;
            SDIF2_PHY_RESET_N_int   <= next_sdif2_phy_reset_n;
            SDIF2_CORE_RESET_N_0    <= next_sdif2_core_reset_n;
            count_sdif2_enable      <= next_count_sdif2_enable;
        end
    end
    // End of state machine for controlling SDIF2 reset signals.
    //---------------------------------------------------------------------

    //---------------------------------------------------------------------
    // State machine for controlling SDIF3 reset signals
    //---------------------------------------------------------------------
    always @(*)
    begin
        next_sdif3_state = sdif3_state;
        next_sdif3_phy_reset_n = SDIF3_PHY_RESET_N_int;
        next_sdif3_core_reset_n = SDIF3_CORE_RESET_N_0;
        next_count_sdif3_enable = count_sdif3_enable;
        case (sdif3_state)
            S0:
            begin
                next_sdif3_state = S1;
            end
            S1:
            begin
                next_sdif3_state = S2;
            end
            S2:
            begin
                // Wait for CONFIG1_DONE and PLL lock signal
                if (CONFIG1_DONE_clk_base && sdif3_spll_lock_q2)
                begin
                    next_sdif3_state = S3;
                    // Release SDIF3 phy reset and start SDIF3 counter
                    next_sdif3_phy_reset_n  = 1'b1;
                    next_count_sdif3_enable = 1'b1;
                end
            end
            S3:
            begin
                if (ddr_settled_clk_base && release_sdif3_core_clk_base)
                begin
                    next_sdif3_state = S3;
                    next_sdif3_core_reset_n = 1'b1;
                    next_count_sdif3_enable = 1'b0;
                end
            end
            default:
            begin
                next_sdif3_state = S0;
            end
        endcase
    end

    always @(posedge CLK_BASE or negedge sdif3_areset_n_clk_base)
    begin
        if (!sdif3_areset_n_clk_base)
        begin
            sdif3_state             <= S0;
            SDIF3_PHY_RESET_N_int   <= 1'b0;
            SDIF3_CORE_RESET_N_0    <= 1'b0;
            count_sdif3_enable      <= 1'b0;
        end
        else
        begin
            sdif3_state             <= next_sdif3_state;
            SDIF3_PHY_RESET_N_int   <= next_sdif3_phy_reset_n;
            SDIF3_CORE_RESET_N_0    <= next_sdif3_core_reset_n;
            count_sdif3_enable      <= next_count_sdif3_enable;
        end
    end
    // End of state machine for controlling SDIF3 reset signals.
    //---------------------------------------------------------------------

    //---------------------------------------------------------------------
    // Control of RESET_N_F2M and M3_RESET_N signals.
    //---------------------------------------------------------------------
    always @(posedge CLK_BASE or negedge sm1_areset_n_clk_base)
    begin
        if (!sm1_areset_n_clk_base)
        begin
            RESET_N_F2M_int <= 1'b0;
            M3_RESET_N_int  <= 1'b0;
        end
        else
        begin
            RESET_N_F2M_int <= 1'b1;
            M3_RESET_N_int  <= 1'b1;
        end
    end
    //---------------------------------------------------------------------

    //---------------------------------------------------------------------
    // State machine 2
    // Controls EXT_RESET_OUT signal.
    //---------------------------------------------------------------------
    // State machine 2 - combinational part
    always @(*)
    begin
        next_sm2_state = sm2_state;
        next_ext_reset_out = EXT_RESET_OUT_int;
        case (sm2_state)
            S0:
            begin
                next_sm2_state = S1;
            end
            S1:
            begin
                // release_ext_reset is controlled by state machine 0.
                if (release_ext_reset)
                begin
                    next_ext_reset_out = 1'b0;
                end
            end
            default:
            begin
                next_sm2_state = S0;
            end
        endcase
    end

    // State machine 2 - sequential part
    always @(posedge CLK_BASE or negedge sm2_areset_n_clk_base)
    begin
        if (!sm2_areset_n_clk_base)
        begin
            sm2_state           <= S0;
            EXT_RESET_OUT_int   <= (EXT_RESET_CFG > 0) ? 1'b1 : 1'b0;
        end
        else
        begin
            sm2_state           <= next_sm2_state;
            EXT_RESET_OUT_int   <= next_ext_reset_out;
        end
    end
    // End of state machine 2.
    //---------------------------------------------------------------------

    //---------------------------------------------------------------------
    // Counters clocked by RCOSC_25_50MHZ used to time SERDES and DDR
    // intervals.
    //

    // Synchronize enable signals to RCOSC_25_50MHZ domain
    always @(posedge RCOSC_25_50MHZ or negedge sm0_areset_n_rcosc)
    begin
        if (!sm0_areset_n_rcosc)
        begin
            count_sdif0_enable_q1       <= 1'b0;
            count_sdif1_enable_q1       <= 1'b0;
            count_sdif2_enable_q1       <= 1'b0;
            count_sdif3_enable_q1       <= 1'b0;
            count_sdif0_enable_rcosc    <= 1'b0;
            count_sdif1_enable_rcosc    <= 1'b0;
            count_sdif2_enable_rcosc    <= 1'b0;
            count_sdif3_enable_rcosc    <= 1'b0;
            count_ddr_enable_q1         <= 1'b0;
            count_ddr_enable_rcosc      <= 1'b0;
        end
        else
        begin
            count_sdif0_enable_q1       <= count_sdif0_enable;
            count_sdif1_enable_q1       <= count_sdif1_enable;
            count_sdif2_enable_q1       <= count_sdif2_enable;
            count_sdif3_enable_q1       <= count_sdif3_enable;
            count_sdif0_enable_rcosc    <= count_sdif0_enable_q1;
            count_sdif1_enable_rcosc    <= count_sdif1_enable_q1;
            count_sdif2_enable_rcosc    <= count_sdif2_enable_q1;
            count_sdif3_enable_rcosc    <= count_sdif3_enable_q1;
            count_ddr_enable_q1         <= count_ddr_enable;
            count_ddr_enable_rcosc      <= count_ddr_enable_q1;
        end
    end

    always @(posedge RCOSC_25_50MHZ or negedge sdif0_areset_n_rcosc)
    begin
        if (!sdif0_areset_n_rcosc)
        begin
            count_sdif0 <= 'd0;
            release_sdif0_core <= 1'b0;
        end
        else
        begin
            // If the SDIF0 interface is not being used, then set
            // release_sdif0_core high. This ensures that there is no
            // unnecessary waiting for SDIF0.
            if (SDIF0_IN_USE == 0)
            begin
                release_sdif0_core <= 1'b1;
            end
            else
            begin
                if (count_sdif0_enable_rcosc)
                begin
                    count_sdif0 <= count_sdif0 + 'd1;
                end
                // Detect when enough time has elapsed since release of
                // SDIF0 PHY reset to allow release of SDIF0 core reset.
                if (count_sdif0 == SDIF_INTERVAL)
                begin
                    release_sdif0_core <= 1'b1;
                end
            end
        end
    end

    always @(posedge RCOSC_25_50MHZ or negedge sdif1_areset_n_rcosc)
    begin
        if (!sdif1_areset_n_rcosc)
        begin
            count_sdif1 <= 'd0;
            release_sdif1_core <= 1'b0;
        end
        else
        begin
            // If the SDIF1 interface is not being used, then set
            // release_sdif1_core high. This ensures that there is no
            // unnecessary waiting for SDIF1.
            if (SDIF1_IN_USE == 0)
            begin
                release_sdif1_core <= 1'b1;
            end
            else
            begin
                if (count_sdif1_enable_rcosc)
                begin
                    count_sdif1 <= count_sdif1 + 'd1;
                end
                // Detect when enough time has elapsed since release of
                // SDIF1 PHY reset to allow release of SDIF1 core reset.
                if (count_sdif1 == SDIF_INTERVAL)
                begin
                    release_sdif1_core <= 1'b1;
                end
            end
        end
    end

    always @(posedge RCOSC_25_50MHZ or negedge sdif2_areset_n_rcosc)
    begin
        if (!sdif2_areset_n_rcosc)
        begin
            count_sdif2 <= 'd0;
            release_sdif2_core <= 1'b0;
        end
        else
        begin
            // If the SDIF2 interface is not being used, then set
            // release_sdif2_core high. This ensures that there is no
            // unnecessary waiting for SDIF2.
            if (SDIF2_IN_USE == 0)
            begin
                release_sdif2_core <= 1'b1;
            end
            else
            begin
                if (count_sdif2_enable_rcosc)
                begin
                    count_sdif2 <= count_sdif2 + 'd1;
                end
                // Detect when enough time has elapsed since release of
                // SDIF2 PHY reset to allow release of SDIF2 core reset.
                if (count_sdif2 == SDIF_INTERVAL)
                begin
                    release_sdif2_core <= 1'b1;
                end
            end
        end
    end

    always @(posedge RCOSC_25_50MHZ or negedge sdif3_areset_n_rcosc)
    begin
        if (!sdif3_areset_n_rcosc)
        begin
            count_sdif3 <= 'd0;
            release_sdif3_core <= 1'b0;
        end
        else
        begin
            // If the SDIF3 interface is not being used, then set
            // release_sdif3_core high. This ensures that there is no
            // unnecessary waiting for SDIF3.
            if (SDIF3_IN_USE == 0)
            begin
                release_sdif3_core <= 1'b1;
            end
            else
            begin
                if (count_sdif3_enable_rcosc)
                begin
                    count_sdif3 <= count_sdif3 + 'd1;
                end
                // Detect when enough time has elapsed since release of
                // SDIF3 PHY reset to allow release of SDIF3 core reset.
                if (count_sdif3 == SDIF_INTERVAL)
                begin
                    release_sdif3_core <= 1'b1;
                end
            end
        end
    end

    always @(posedge RCOSC_25_50MHZ or negedge sm0_areset_n_rcosc)
    begin
        if (!sm0_areset_n_rcosc)
        begin
            count_ddr <= 'd0;
            ddr_settled <= 1'b0;
        end
        else
        begin
            // If DDR is not being used, then set ddr_settled high. This
            // ensures that there is no unnecessary waiting for DDR
            // readiness.
            if (MDDR_IN_USE == 0 && FDDR_IN_USE == 0)
            begin
                ddr_settled <= 1'b1;
            end
            else
            begin
                if (count_ddr_enable_rcosc)
                begin
                    count_ddr <= count_ddr + 'd1;
                end
                // Detect when enough time has elapsed since release of DDR
                // core reset to allow DDR memory to be ready for use.
                if (count_ddr == DDR_INTERVAL)
                begin
                    ddr_settled <= 1'b1;
                end
            end
        end
    end

    // Synchronize "ready" signals to CLK_BASE domain
    always @(posedge CLK_BASE or negedge sm0_areset_n_clk_base)
    begin
        if (!sm0_areset_n_clk_base)
        begin
            release_sdif0_core_q1           <= 1'b0;
            release_sdif1_core_q1           <= 1'b0;
            release_sdif2_core_q1           <= 1'b0;
            release_sdif3_core_q1           <= 1'b0;
            release_sdif0_core_clk_base     <= 1'b0;
            release_sdif1_core_clk_base     <= 1'b0;
            release_sdif2_core_clk_base     <= 1'b0;
            release_sdif3_core_clk_base     <= 1'b0;
            ddr_settled_q1                  <= 1'b0;
            ddr_settled_clk_base            <= 1'b0;
        end
        else
        begin
            release_sdif0_core_q1           <= release_sdif0_core;
            release_sdif1_core_q1           <= release_sdif1_core;
            release_sdif2_core_q1           <= release_sdif2_core;
            release_sdif3_core_q1           <= release_sdif3_core;
            release_sdif0_core_clk_base     <= release_sdif0_core_q1;
            release_sdif1_core_clk_base     <= release_sdif1_core_q1;
            release_sdif2_core_clk_base     <= release_sdif2_core_q1;
            release_sdif3_core_clk_base     <= release_sdif3_core_q1;
            ddr_settled_q1                  <= ddr_settled;
            ddr_settled_clk_base            <= ddr_settled_q1;
        end
    end


    //---------------------------------------------------------------------
    // Implement PCIe HotReset workaround for SDIF blocks (if configured).
    //---------------------------------------------------------------------
generate
    if (
           (SDIF0_IN_USE        == 1)
        && (SDIF0_PCIE          == 1)
        && (SDIF0_PCIE_HOTRESET == 1)
       )
    begin
        coreresetp_pcie_hotreset sdif0_phr (
            .CLK_BASE               (CLK_BASE),
            .CLK_LTSSM              (CLK_LTSSM),
            .psel                   (SDIF0_PSEL),
            .pwrite                 (SDIF0_PWRITE),
            .prdata                 (SDIF0_PRDATA),
            .sdif_core_reset_n_0    (SDIF0_CORE_RESET_N_0),
            .sdif_core_reset_n      (SDIF0_CORE_RESET_N_int)
        );
    end
    else
    begin
        assign SDIF0_CORE_RESET_N_int = SDIF0_CORE_RESET_N_0;
    end
endgenerate

generate
    if (
           (SDIF1_IN_USE        == 1)
        && (SDIF1_PCIE          == 1)
        && (SDIF1_PCIE_HOTRESET == 1)
       )
    begin
        coreresetp_pcie_hotreset sdif1_phr (
            .CLK_BASE               (CLK_BASE),
            .CLK_LTSSM              (CLK_LTSSM),
            .psel                   (SDIF1_PSEL),
            .pwrite                 (SDIF1_PWRITE),
            .prdata                 (SDIF1_PRDATA),
            .sdif_core_reset_n_0    (SDIF1_CORE_RESET_N_0),
            .sdif_core_reset_n      (SDIF1_CORE_RESET_N_int)
        );
    end
    else
    begin
        assign SDIF1_CORE_RESET_N_int = SDIF1_CORE_RESET_N_0;
    end
endgenerate

generate
    if (
           (SDIF2_IN_USE        == 1)
        && (SDIF2_PCIE          == 1)
        && (SDIF2_PCIE_HOTRESET == 1)
       )
    begin
        coreresetp_pcie_hotreset sdif2_phr (
            .CLK_BASE               (CLK_BASE),
            .CLK_LTSSM              (CLK_LTSSM),
            .psel                   (SDIF2_PSEL),
            .pwrite                 (SDIF2_PWRITE),
            .prdata                 (SDIF2_PRDATA),
            .sdif_core_reset_n_0    (SDIF2_CORE_RESET_N_0),
            .sdif_core_reset_n      (SDIF2_CORE_RESET_N_int)
        );
    end
    else
    begin
        assign SDIF2_CORE_RESET_N_int = SDIF2_CORE_RESET_N_0;
    end
endgenerate

generate
    if (
           (SDIF3_IN_USE        == 1)
        && (SDIF3_PCIE          == 1)
        && (SDIF3_PCIE_HOTRESET == 1)
       )
    begin
        coreresetp_pcie_hotreset sdif3_phr (
            .CLK_BASE               (CLK_BASE),
            .CLK_LTSSM              (CLK_LTSSM),
            .psel                   (SDIF3_PSEL),
            .pwrite                 (SDIF3_PWRITE),
            .prdata                 (SDIF3_PRDATA),
            .sdif_core_reset_n_0    (SDIF3_CORE_RESET_N_0),
            .sdif_core_reset_n      (SDIF3_CORE_RESET_N_int)
        );
    end
    else
    begin
        assign SDIF3_CORE_RESET_N_int = SDIF3_CORE_RESET_N_0;
    end
endgenerate

endmodule